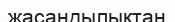
жасандылықтан